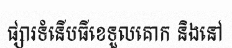
ផ្សារទំនើបធីខេទួលគោក និងនៅ